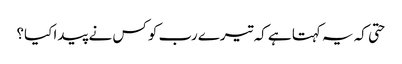
حتی کہ یہ کہتا ہے کہ تیرے رب کو کس نے پیدا کیا؟